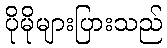
ပိုမိုများပြားသည်